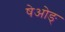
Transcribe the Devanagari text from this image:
षेओङ्